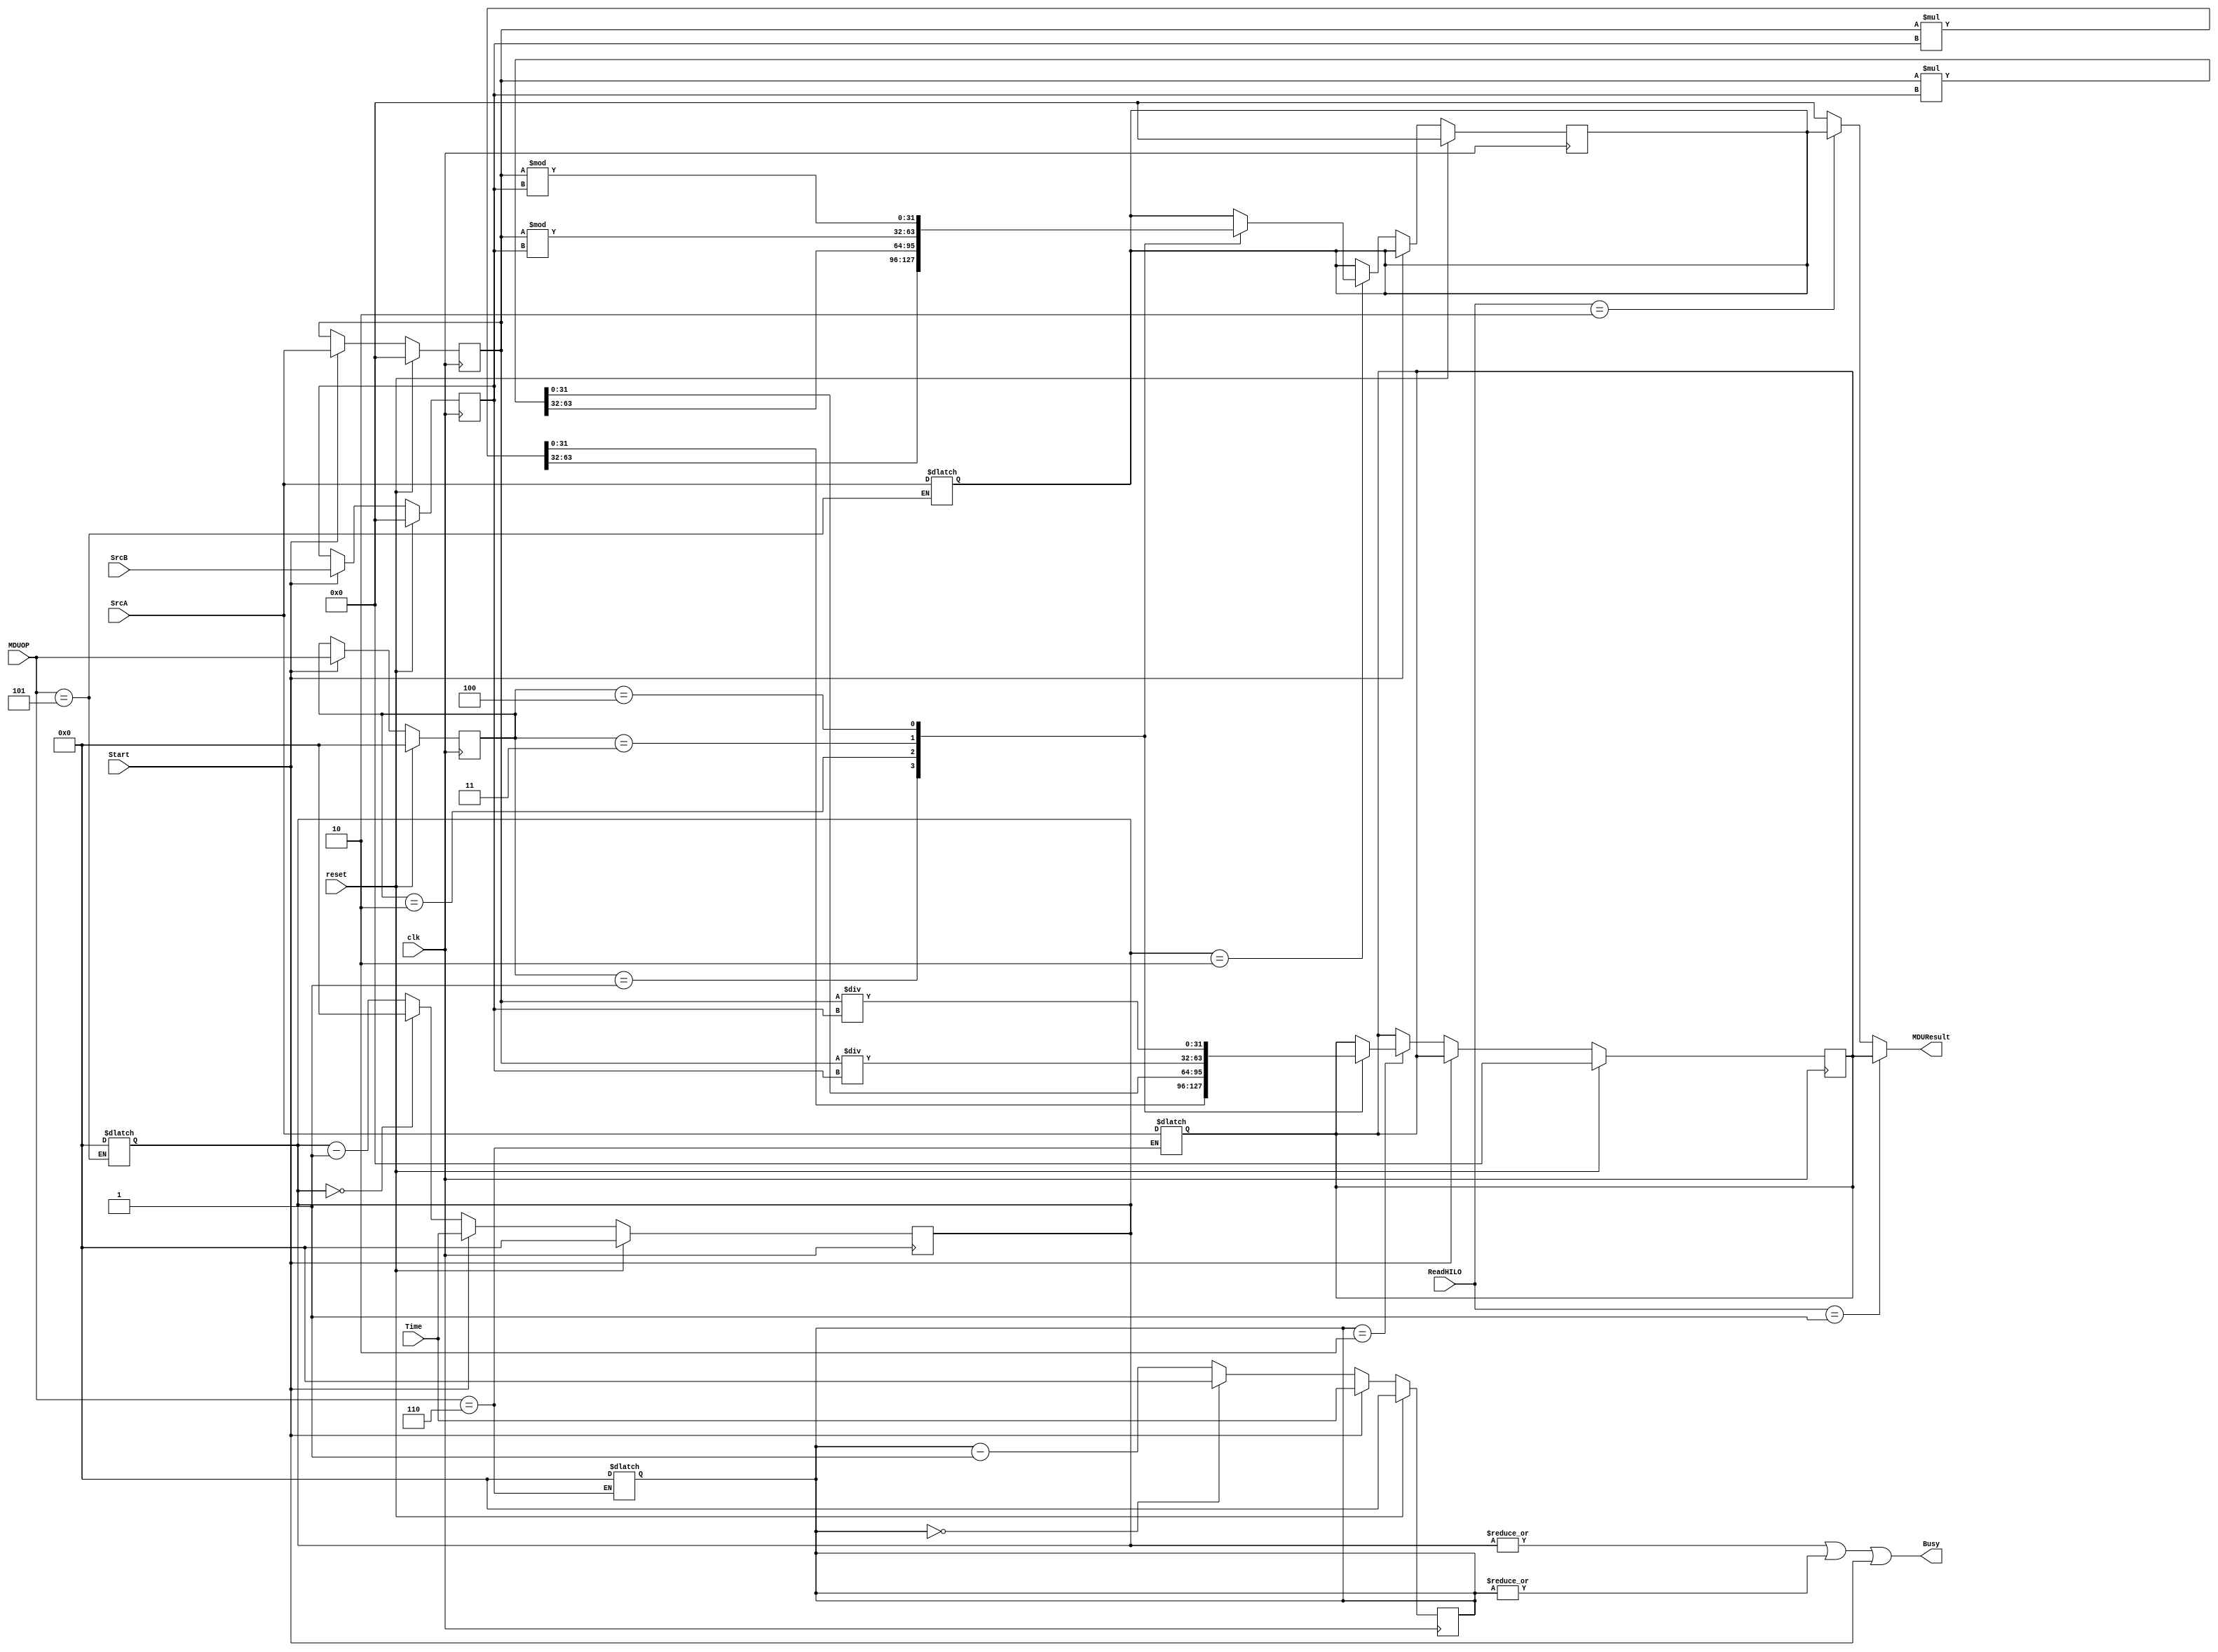
`timescale 1ns / 1ps
`default_nettype none 
module MDU (
    input wire clk, reset,
    input wire [31:0] SrcA, SrcB,
    input wire Start,
    input wire [3:0] MDUOP,
    input wire [1:0] ReadHILO,
    input wire [3:0] Time,

    output wire Busy,
    output wire [31:0] MDUResult
);
    reg [31:0] SrcASave, SrcBSave;
    reg [3:0] MDUOPSave;
    reg [3:0] TimeLeftHI, TimeLeftLO;
    reg [31:0] HI, LO;
    reg [31:0] HITemp, LOTemp;
    assign MDUResult =  (ReadHILO == 2'b01) ? LO :
                        (ReadHILO == 2'b10) ? HI : 32'd0;

    assign Busy = |TimeLeftHI || |TimeLeftLO  || Start;

    

    always @(*) begin
        case (MDUOP)
            4'b0101: begin
                TimeLeftHI = 4'd0;
                HI = SrcA;
                LO = LO;
            end
            4'b0110: begin
                TimeLeftLO = 4'd0;
                HI = HI;
                LO = SrcA;
            end
        endcase
    end // 

    always @(posedge clk) begin
        if (reset) begin
            SrcASave <= 32'd0;
            SrcBSave <= 32'd0;
            MDUOPSave <= 4'd0;
            TimeLeftHI <= 4'd0;
            TimeLeftLO <= 4'd0;
            HI <= 32'd0;
            LO <= 32'd0;
            HITemp <= 32'd0;
            LOTemp <= 32'd0;
        end else begin
            if (Start) begin
                SrcASave <= SrcA;
                SrcBSave <= SrcB;
                MDUOPSave <= MDUOP;
                TimeLeftHI <= Time; 
                TimeLeftLO <= Time;
            end else begin
                TimeLeftHI <= (TimeLeftHI == 4'd0) ? 4'd0 : TimeLeftHI - 4'd1;
                TimeLeftLO <= (TimeLeftLO == 4'd0) ? 4'd0 : TimeLeftLO - 4'd1;
                if (TimeLeftHI == 4'd2) begin
                    case (MDUOPSave)
                        4'b0001: begin
                            {HI, LOTemp} <= $signed(SrcASave) * $signed(SrcBSave);
                        end
                        4'b0010: begin
                            {HI, LOTemp} <= SrcASave * SrcBSave;
                        end
                        4'b0011: begin
                            HI <= $signed(SrcASave) % $signed(SrcBSave);
                        end
                        4'b0100: begin
                            HI <= SrcASave % SrcBSave;
                        end
                        default: begin
                            HI <= HI;
                        end
                    endcase
                end
                if (TimeLeftLO == 4'd2) begin
                    case (MDUOPSave)
                        4'b0001: begin
                            {HITemp, LO} <= $signed(SrcASave) * $signed(SrcBSave);
                        end
                        4'b0010: begin
                            {HITemp, LO} <= SrcASave * SrcBSave;
                        end
                        4'b0011: begin
                            LO <= $signed(SrcASave) / $signed(SrcBSave);
                        end
                        4'b0100: begin
                            LO <= SrcASave / SrcBSave;
                        end
                        default: begin
                            LO <= LO;
                        end
                    endcase
                end
            end
        end
    end
endmodule